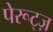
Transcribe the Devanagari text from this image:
पेरूट्ज़